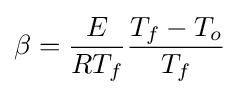
\beta ={\frac {E}{RT_{f}}}{\frac {T_{f}-T_{o}}{T_{f}}}